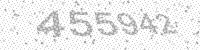
Solution: 455942